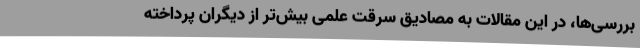
بررسی‌ها، در این مقالات به مصادیق سرقت علمی بیش‌تر از دیگران پرداخته